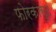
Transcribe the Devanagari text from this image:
फोरकास्ट